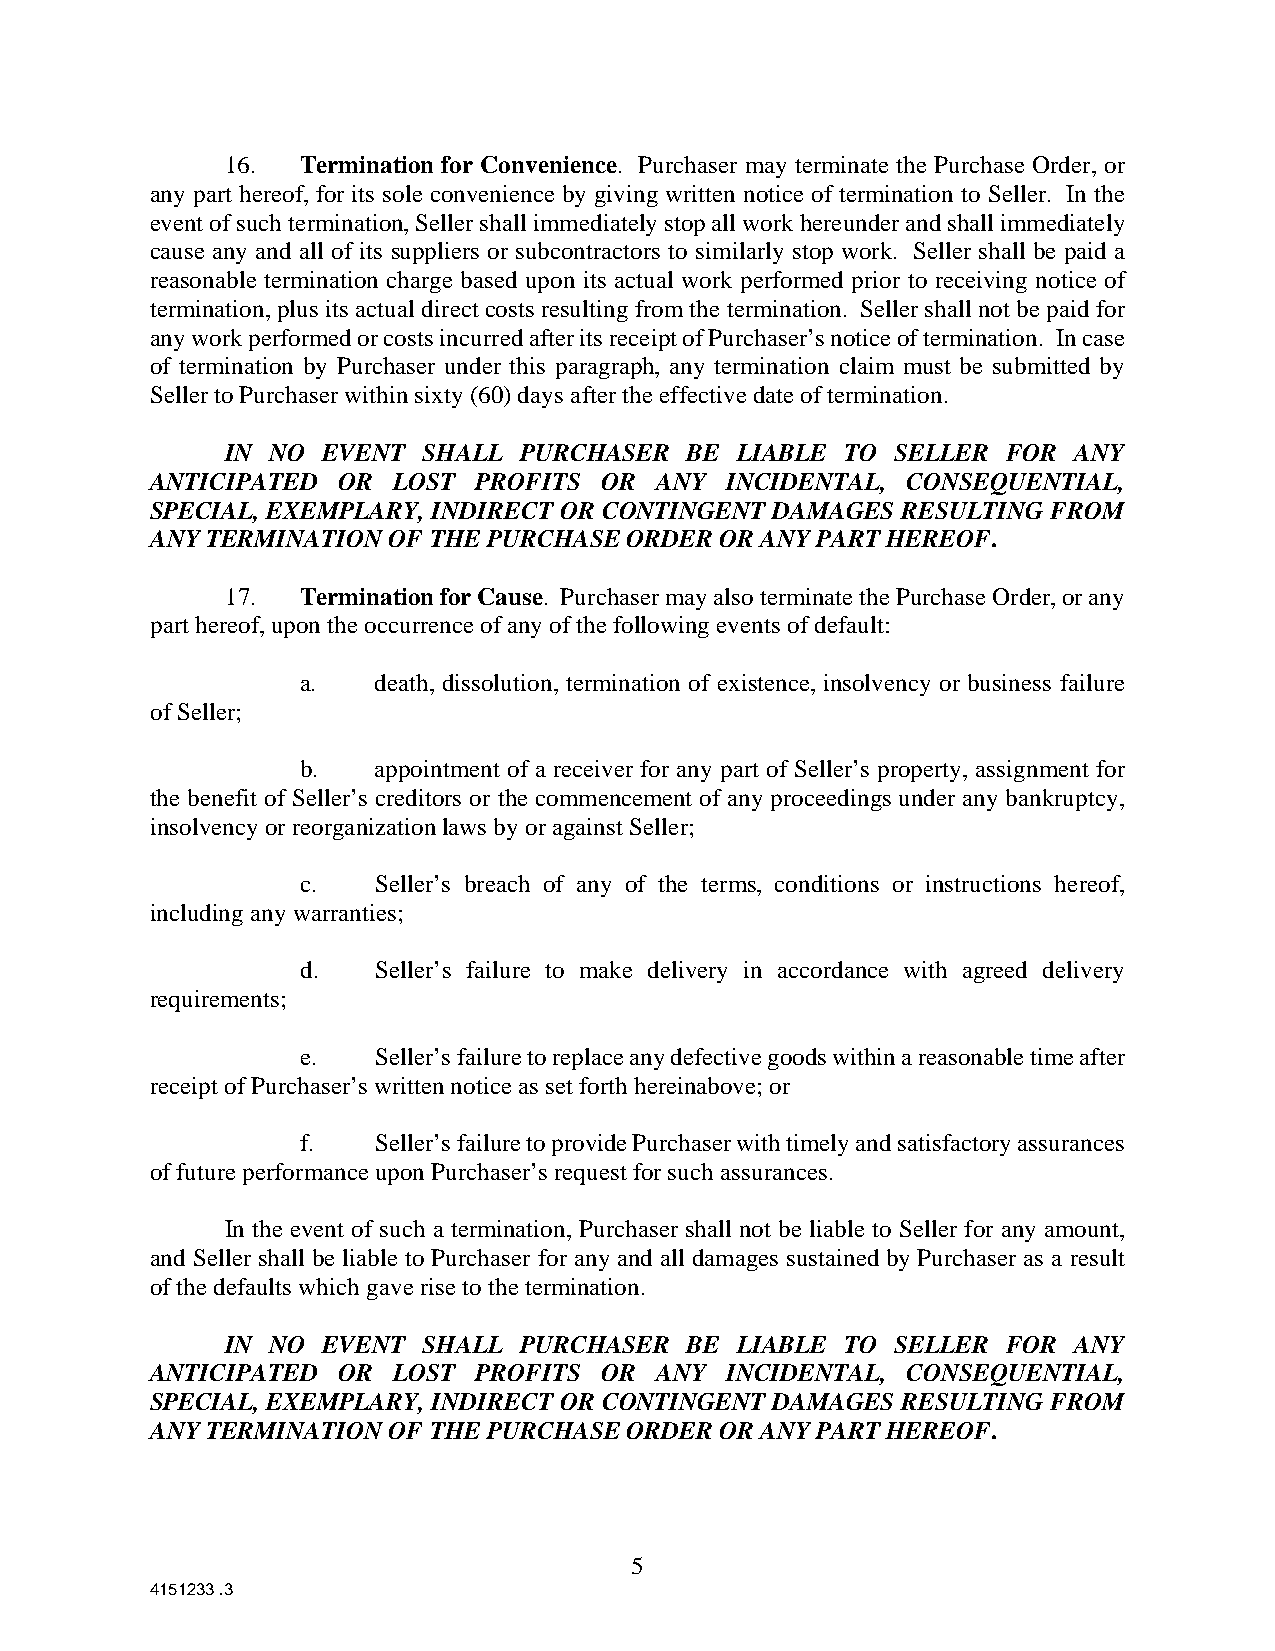
16.  Termination for Convenience. Purchaser may terminate the Purchase Order, or
 any part hereof, for its sole convenience by giving written notice of termination to Seller. In the
 event of such termination, Seller shall immediately stop all work hereunder and shall immediately
 cause any and all of its suppliers or subcontractors to similarly stop work. Seller shall be paid a
 reasonable termination charge based upon its actual work performed prior to receiving notice of
 termination, plus its actual direct costs resulting from the termination. Seller shall not be paid for
 any work performed or costs incurred after its receipt of Purchaser’s notice of termination. In case
 of termination by Purchaser under this paragraph, any termination claim must be submitted by
 Seller to Purchaser within sixty (60) days after the effective date of termination.
 IN NO EVENT  SHALL PURCHASER   BE LIABLE TO SELLER  FOR ANY
 ANTICIPATED OR  LOST  PROFITS OR ANY  INCIDENTAL, CONSEQUENTIAL,
 SPECIAL, EXEMPLARY, INDIRECT OR CONTINGENT DAMAGES RESULTING FROM
 ANY TERMINATION OF THE PURCHASE ORDER OR ANY PART HEREOF.
 17.  Termination for Cause. Purchaser may also terminate the Purchase Order, or any
 part hereof, upon the occurrence of any of the following events of default:
 a.   death, dissolution, termination of existence, insolvency or business failure
 of Seller;
 b.   appointment of a receiver for any part of Seller’s property, assignment for
 the benefit of Seller’s creditors or the commencement of any proceedings under any bankruptcy,
 insolvency or reorganization laws by or against Seller;
 c.   Seller’s breach of any of the terms, conditions or instructions hereof,
 including any warranties;
 d.   Seller’s failure to make delivery in accordance with agreed delivery
 requirements;
 e.   Seller’s failure to replace any defective goods within a reasonable time after
 receipt of Purchaser’s written notice as set forth hereinabove; or
 f.   Seller’s failure to provide Purchaser with timely and satisfactory assurances
 of future performance upon Purchaser’s request for such assurances.
 In the event of such a termination, Purchaser shall not be liable to Seller for any amount,
 and Seller shall be liable to Purchaser for any and all damages sustained by Purchaser as a result
 of the defaults which gave rise to the termination.
 IN NO EVENT  SHALL PURCHASER   BE LIABLE TO SELLER  FOR ANY
 ANTICIPATED OR  LOST  PROFITS OR ANY  INCIDENTAL, CONSEQUENTIAL,
 SPECIAL, EXEMPLARY, INDIRECT OR CONTINGENT DAMAGES RESULTING FROM
 ANY TERMINATION OF THE PURCHASE ORDER OR ANY PART HEREOF.
 5
 4151233 .3